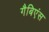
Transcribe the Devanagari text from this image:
गैबिएंस